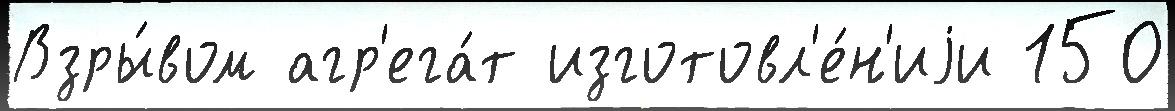
Взры́вом агр'ега́т изготовл'е́н'иjи 150